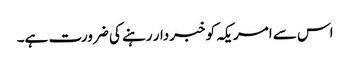
اس سے امریکہ کو خبردار رہنے کی ضرورت ہے۔